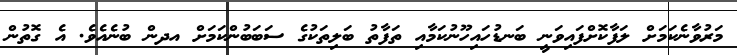
މަރުވާނެކަމަށް ލަފާކޮށްފައިވަނީ ބަނޑުހައިހޫނުކަމާއި ތަފާތު ބަލިތަކުގެ ސަބަބުންކަމަށް އދން ބުނެއެވެ. އެ ގޮތުން